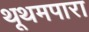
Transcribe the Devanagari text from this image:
थूथमपारा